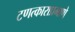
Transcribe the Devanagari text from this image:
टणत्काराप्रमाणे